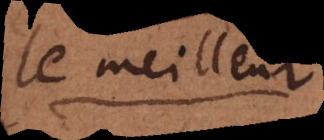
le meilleur